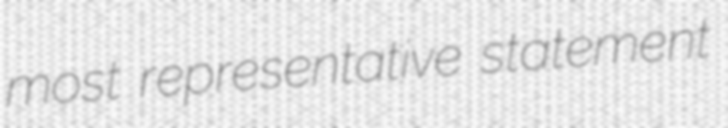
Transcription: most representative statement